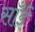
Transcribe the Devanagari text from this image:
साँईं